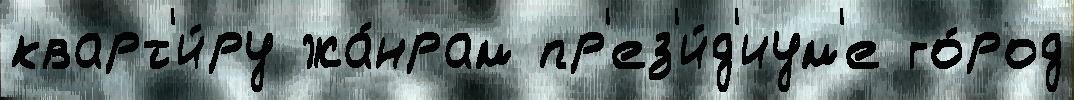
кварт'и́ру жа́нрам пр'ез'и́д'иум'е го́род